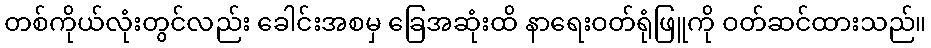
တစ်ကိုယ်လုံးတွင်လည်း ခေါင်းအစမှ ခြေအဆုံးထိ နာရေးဝတ်ရုံဖြူကို ဝတ်ဆင်ထားသည်။